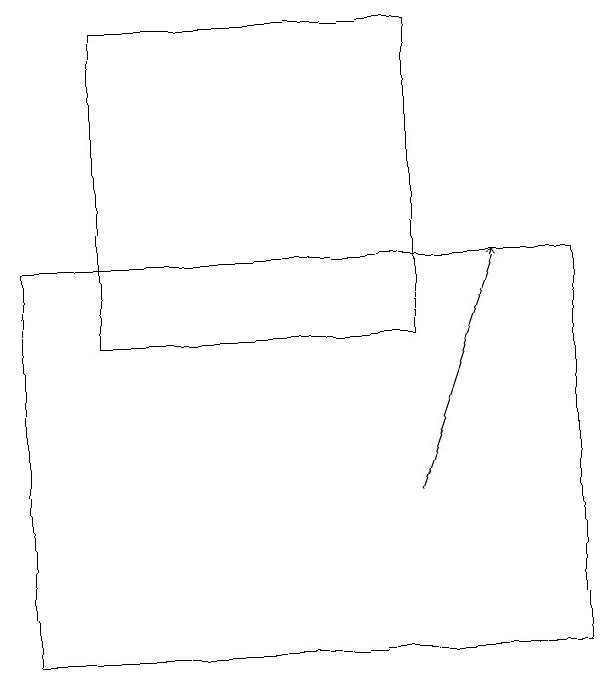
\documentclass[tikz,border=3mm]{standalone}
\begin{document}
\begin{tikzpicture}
\draw[->] (7,12) -- (8,15);
\draw (3,18) rectangle (7,14);
\draw (9,10) rectangle (2,15);
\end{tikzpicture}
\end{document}